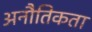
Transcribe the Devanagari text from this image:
अनौतिकता